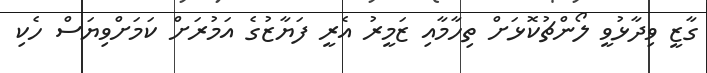
ގާޒީ ވިދާޅުވީ ލޯންޗުކޮޅަށް ތިހާމާއި ޒަމީރު އެރީ ފަޔާޒުގެ އަމުރަށް ކަމަށްވިޔަސް ހެކި